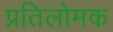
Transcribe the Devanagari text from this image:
प्रतिलोमक